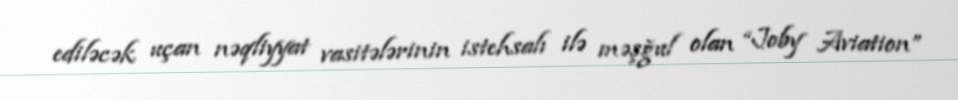
ediləcək uçan nəqliyyat vasitələrinin istehsalı ilə məşğul olan “Joby Aviation”